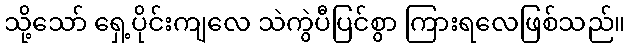
သို့သော် ရှေ့ပိုင်းကျလေ သဲကွဲပီပြင်စွာ ကြားရလေဖြစ်သည်။